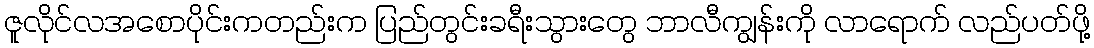
ဇူလိုင်လအစောပိုင်းကတည်းက ပြည်တွင်းခရီးသွားတွေ ဘာလီကျွန်းကို လာရောက် လည်ပတ်ဖို့